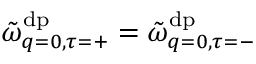
\tilde { \omega } _ { q = 0 , \tau = + } ^ { \mathrm { d p } } = \tilde { \omega } _ { q = 0 , \tau = - } ^ { \mathrm { d p } }